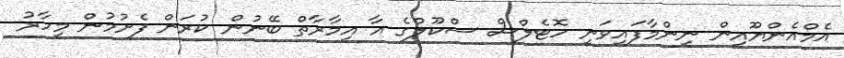
އެމްއެންޔޫއިން ނިންމާފައިވަނީ ހޮޓެލްސް ސްކޫލްގެ އާ އިމާރާތް ބޭނުން ކުރަން ފެށުމުން މިހާރު